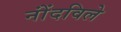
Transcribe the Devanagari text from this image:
नोंंदविले